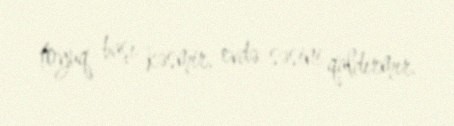
toyuq başı kəsmir, evdə səsini qaldırmır.